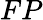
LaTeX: FP